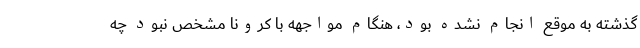
گذشته به موقع انجام نشده بود، هنگام مواجهه با کرونا مشخص نبود چه